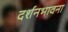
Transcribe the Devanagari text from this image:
दर्शनभावना